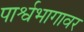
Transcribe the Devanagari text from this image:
पार्श्वभागावर